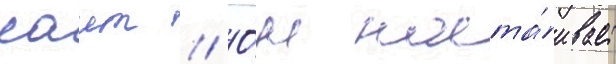
саит // О́н наста́ивает